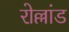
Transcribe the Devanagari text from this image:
रोल्लांड